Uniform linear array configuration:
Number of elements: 48
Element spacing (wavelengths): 0.25
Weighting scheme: uniform
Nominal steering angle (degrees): -15
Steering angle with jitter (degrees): -15.162
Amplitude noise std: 0.05
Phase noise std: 0.05

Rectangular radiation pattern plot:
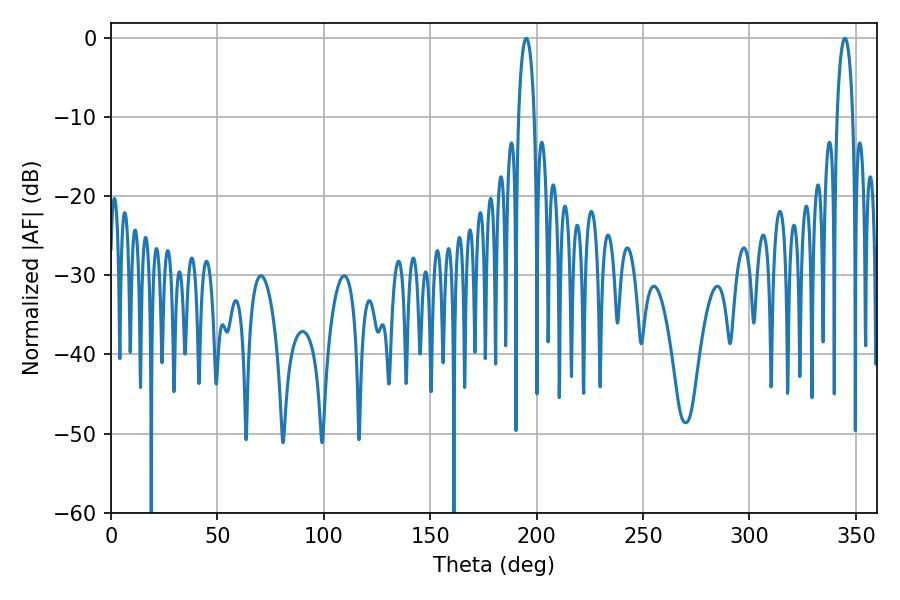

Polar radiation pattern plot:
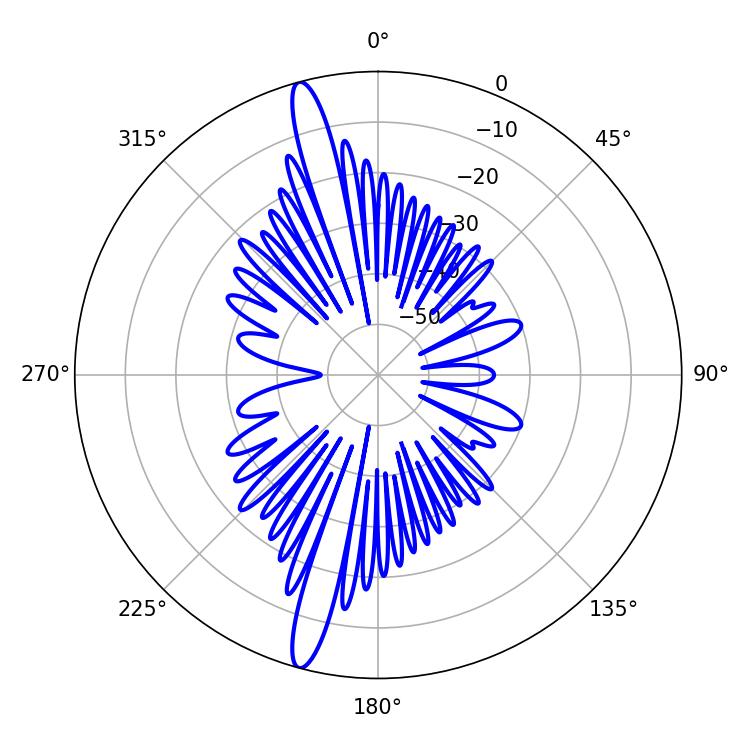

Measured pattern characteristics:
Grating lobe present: FALSE
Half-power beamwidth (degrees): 4.14
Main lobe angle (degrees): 195.12